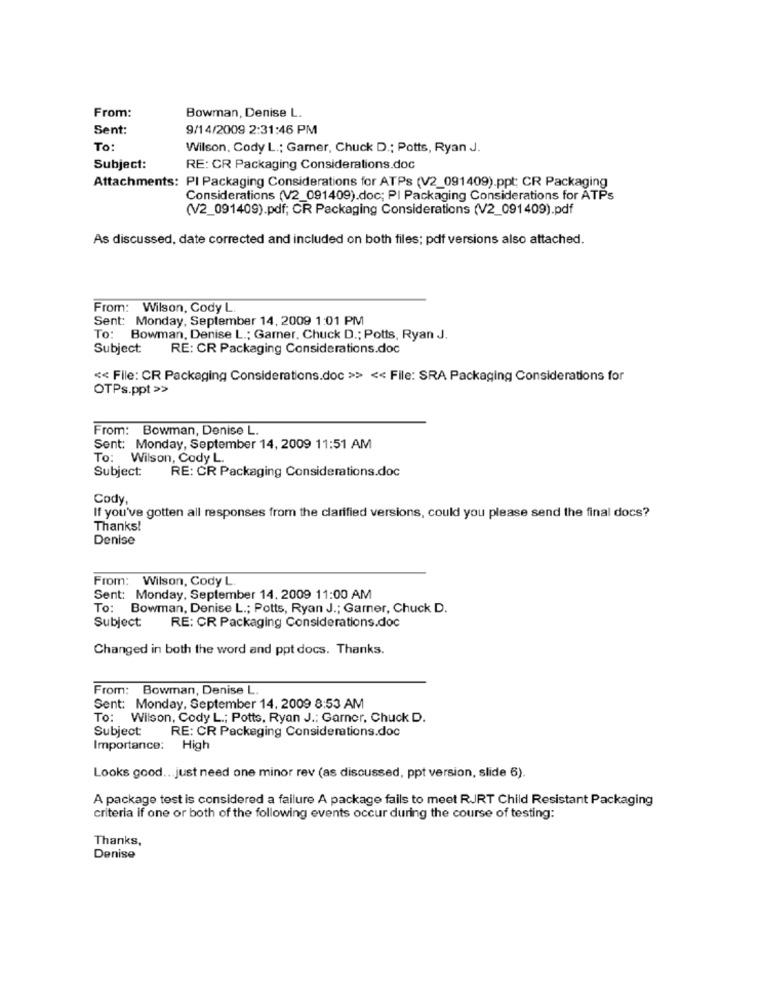
From:
Bowman, Denise L.
Sent:
9/14/2009 2:31:46 PM
To:
Wilson, Cody L .; Gamer, Chuck D .; Potts, Ryan J.
Subject:
RE: CR Packaging Considerations.doc
Attachments: PI Packaging Considerations for ATPs (V2_091409).ppt; CR Packaging
Considerations (V2_091409).doc; PI Packaging Considerations for ATPs
(V2_091409).pdf; CR Packaging Considerations (V2_091409).pdf
As discussed, date corrected and included on both files; pdf versions also attached.
From: Wilson, Cody L
Sent: Monday, September 14, 2009 1:01 PM
To: Bowman, Denise L .; Garner, Chuck D .; Potts, Ryan J.
Subject:
RE: CR Packaging Considerations.doc
<< File: CR Packaging Considerations.doc >> << File: SRA Packaging Considerations for
OTPs.ppt >>
From: Bowman, Denise L.
Sent: Monday, September 14, 2009 11:51 AM
To: Wilson, Cody L.
RE: CR Packaging Considerations.doc
Subject:
Cody,
If you've gotten all responses from the clarified versions, could you please send the final docs?
Thanks!
Denise
From: Wilson, Cody L.
Sent: Monday, September 14. 2009 11:00 AM
To: Bowman, Denise L .; Potts, Ryan J .; Garner, Chuck D.
Subject:
RE: CR Packaging Considerations.doc
Changed in both the word and ppt docs. Thanks.
From: Bowman, Denise L.
Sent: Monday, September 14, 2009 8:53 AM
To: Wilson, Cody L .; Potts, Ryan J .: Garner, Chuck D.
Subject:
RE: CR Packaging Considerations.doc
Importance: High
Looks good ... just need one minor rev (as discussed, ppt version, slide 6).
A package test is considered a failure A package fails to meet RJRT Child Resistant Packaging
criteria if one or both of the following events occur during the course of testing:
Thanks,
Denise